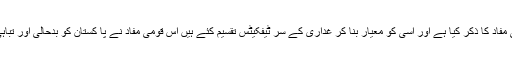
اشتیاق بیگ نے جس قومی مفاد کا ذکر کیا ہے اور اِسی کو معیار بنا کر غداری کے سر ٹیفکیٹس تقسیم کئے ہیں اس قومی مفاد نے پا کستان کو بدحالی اور تباہی کے علاوہ کچھ نہیں دیا۔